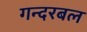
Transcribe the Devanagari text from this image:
गन्दरबल